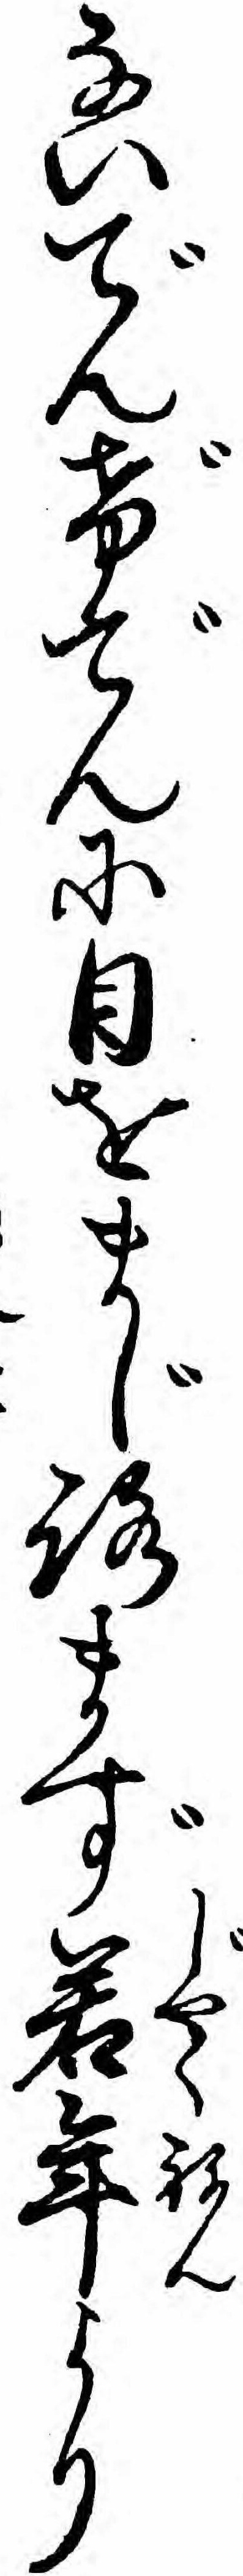
ないでんげでんに目をまじろまず若年より